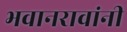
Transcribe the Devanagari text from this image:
भवानरावांनी